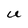
Character: U